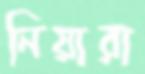
নিয়ারা